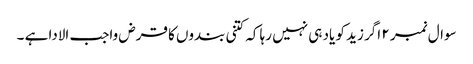
سوال نمبر ۲ اگر زید کو یاد ہی نہیں رہا کہ کتنی بندوں کا قرض واجب الادا ہے ۔